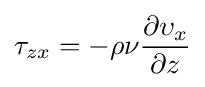
\tau _{zx}=-\rho \nu {\frac {\partial \upsilon _{x}}{\partial z}}